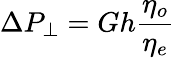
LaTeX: \Delta P_{\perp}=Gh\frac{\eta_{o}}{\eta_{e}}